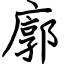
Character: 廓